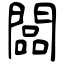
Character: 闆